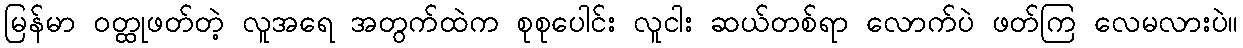
မြန်မာ ဝတ္ထုဖတ်တဲ့ လူအရေ အတွက်ထဲက စုစုပေါင်း လူငါး ဆယ်တစ်ရာ လောက်ပဲ ဖတ်ကြ လေမလားပဲ။